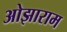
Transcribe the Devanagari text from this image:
ओझाराम